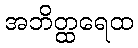
အဘိတ္ထရေထ